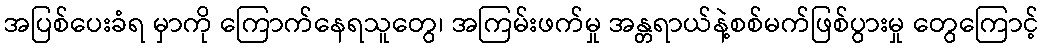
အပြစ်ပေးခံရ မှာကို ကြောက်နေရသူတွေ၊ အကြမ်းဖက်မှု အန္တရာယ်နဲ့စစ်မက်ဖြစ်ပွားမှု တွေကြောင့်